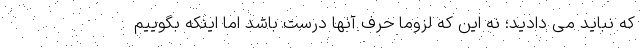
که نباید می دادید؛ نه این که لزوما حرف آنها درست باشد اما اینکه بگوییم